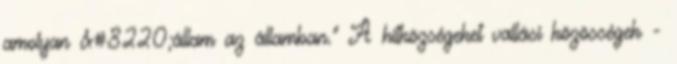
amolyan &#8220;állam az államban." A hitközségeket vallási közösségek -